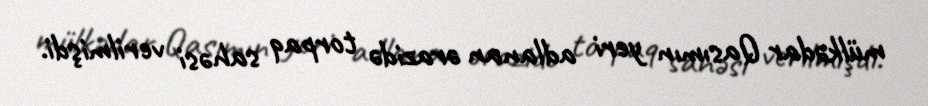
mülkədar Qasımın yeri adlanan ərazidə torpaq sahəsi verilmişdi.